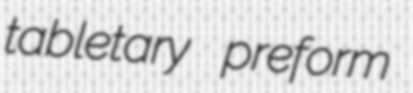
tabletary preform